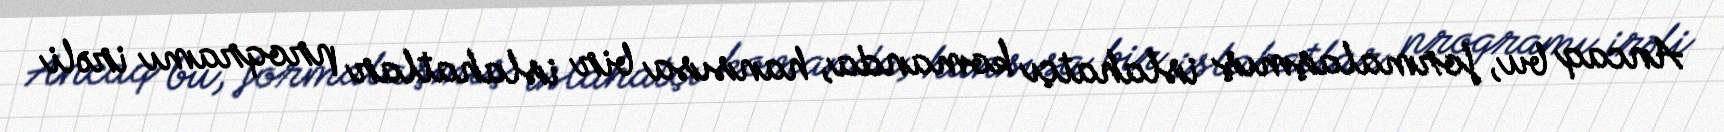
Ancaq bu, formalaşmış islahatçı komanda, hansısa bir islahatlar proqramı irəli